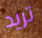
تريد